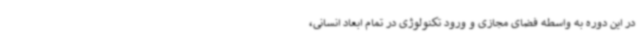
در این دوره به واسطه فضای مجازی و ورود تکنولوژی در تمام ابعاد انسانی،